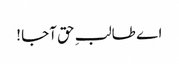
اے طالبِ حق آجا !